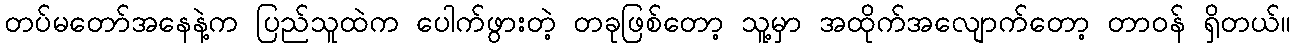
တပ်မတော်အနေနဲ့က ပြည်သူထဲက ပေါက်ဖွားတဲ့ တခုဖြစ်တော့ သူ့မှာ အထိုက်အလျောက်တော့ တာဝန် ရှိတယ်။